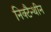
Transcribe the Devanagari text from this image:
निक्टैन्थीन